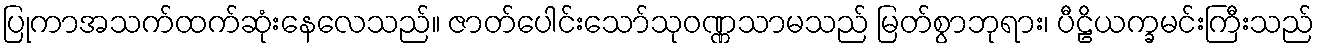
ပြုကာအသက်ထက်ဆုံးနေလေသည်။ ဇာတ်ပေါင်းသော်သုဝဏ္ဏသာမသည် မြတ်စွာဘုရား၊ ပီဠိယက္ခမင်းကြီးသည်